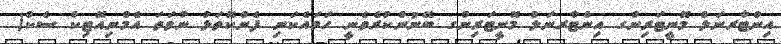
އިންޓާރނަލް މޮނީޓަރިންގ އިންޓާރނަލް މޮނީޓަރިންގ ބޭނުންކުރެވެނީ ހަމައެކަނި ފެންކޮތަޅު ނުވަތަ އެމްނިއޮޓިކް ސެކް(